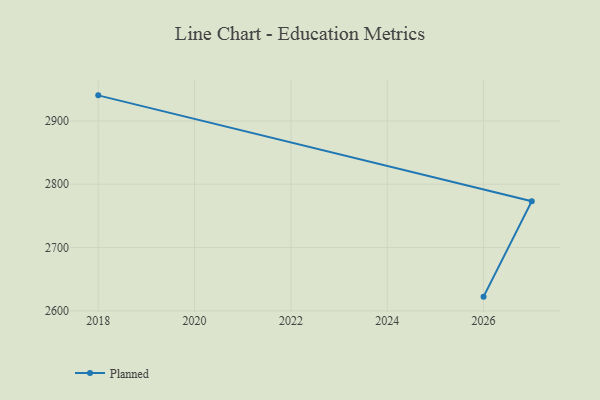
{"axis": {"x": "Year", "y": "Budget (USD K)"}, "legend": ["Planned"], "data": [{"x": "2018", "y": 2940.5, "type": "Planned"}, {"x": "2027", "y": 2773.3, "type": "Planned"}, {"x": "2026", "y": 2622.4, "type": "Planned"}]}